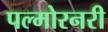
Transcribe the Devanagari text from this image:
पल्मोरनरी